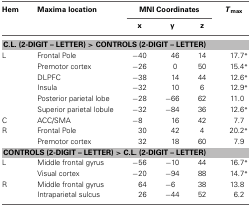
<table><thead><tr><td><b>Hem</b></td><td><b>Maxima location</b></td><td colspan="3"><b>MNI Coordinates</b></td><td><b><i>T</i><sub>max</sub></b></td></tr><tr><td></td><td></td><td><b>x</b></td><td><b>y</b></td><td><b>z</b></td><td></td></tr></thead><tbody><tr><td colspan="6"><b>C.L. (2-DIGIT – LETTER) &gt; CONTROLS (2-DIGIT – LETTER)</b></td></tr><tr><td>L</td><td>Frontal Pole</td><td>−40</td><td>46</td><td>14</td><td>17.7<sup>*</sup></td></tr><tr><td></td><td>Premotor cortex</td><td>−26</td><td>0</td><td>50</td><td>15.4<sup>*</sup></td></tr><tr><td></td><td>DLPFC</td><td>−38</td><td>14</td><td>44</td><td>12.6<sup>*</sup></td></tr><tr><td></td><td>Insula</td><td>−32</td><td>10</td><td>6</td><td>12.9<sup>*</sup></td></tr><tr><td></td><td>Posterior parietal lobe</td><td>−28</td><td>−66</td><td>62</td><td>11.0</td></tr><tr><td></td><td>Superior parietal lobule</td><td>−32</td><td>−84</td><td>36</td><td>12.6<sup>*</sup></td></tr><tr><td>C</td><td>ACC/SMA</td><td>−8</td><td>16</td><td>42</td><td>7.7</td></tr><tr><td>R</td><td>Frontal Pole</td><td>30</td><td>42</td><td>4</td><td>20.2<sup>*</sup></td></tr><tr><td></td><td>Premotor cortex</td><td>32</td><td>18</td><td>60</td><td>7.9</td></tr><tr><td colspan="6"><b>CONTROLS (2-DIGIT – LETTER) &gt; C.L. (2-DIGIT – LETTER)</b></td></tr><tr><td>L</td><td>Middle frontal gyrus</td><td>−56</td><td>−10</td><td>44</td><td>16.7<sup>*</sup></td></tr><tr><td></td><td>Visual cortex</td><td>−20</td><td>−94</td><td>88</td><td>14.7<sup>*</sup></td></tr><tr><td>R</td><td>Middle frontal gyrus</td><td>64</td><td>−6</td><td>38</td><td>13.8</td></tr><tr><td></td><td>Intraparietal sulcus</td><td>26</td><td>−44</td><td>52</td><td>6.2</td></tr></tbody></table>